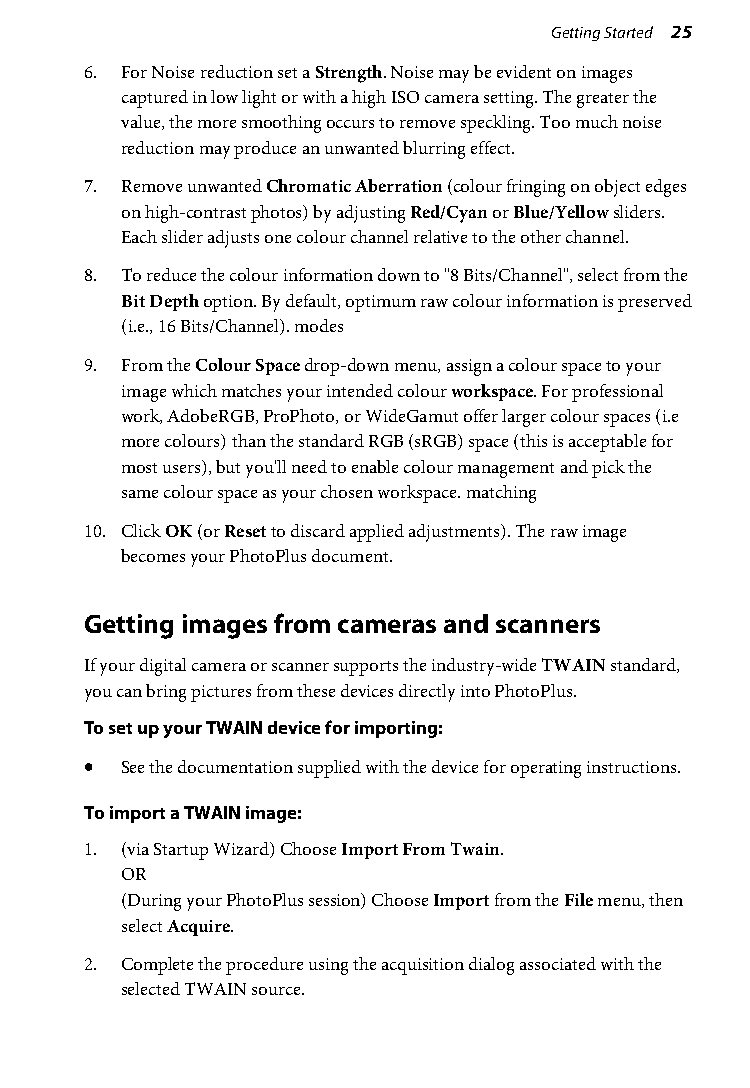
Getting Started 25
 6. For Noise reduction set a Strength. Noise may be evident on images
 captured in low light or with a high ISO camera setting. The greater the
 value, the more smoothing occurs to remove speckling. Too much noise
 reduction may produce an unwanted blurring effect.
 7. Remove unwanted Chromatic Aberration (colour fringing on object edges
 on high-contrast photos) by adjusting Red/Cyan or Blue/Yellow sliders.
 Each slider adjusts one colour channel relative to the other channel.
 8. To reduce the colour information down to "8 Bits/Channel", select from the
 Bit Depth option. By default, optimum raw colour information is preserved
 (i.e., 16 Bits/Channel). modes
 9. From the Colour Space drop-down menu, assign a colour space to your
 image which matches your intended colour workspace. For professional
 work, AdobeRGB, ProPhoto, or WideGamut offer larger colour spaces (i.e
 more colours) than the standard RGB (sRGB) space (this is acceptable for
 most users), but you'll need to enable colour management and pick the
 same colour space as your chosen workspace. matching
 10. Click OK (or Reset to discard applied adjustments). The raw image
 becomes your PhotoPlus document.
 Getting images from cameras and scanners
 If your digital camera or scanner supports the industry-wide TWAIN standard,
 you can bring pictures from these devices directly into PhotoPlus.
 To set up your TWAIN device for importing:
 • See the documentation supplied with the device for operating instructions.
 To import a TWAIN image:
 1. (via Startup Wizard) Choose Import From Twain.
 OR
 (During your PhotoPlus session) Choose Import from the File menu, then
 select Acquire.
 2. Complete the procedure using the acquisition dialog associated with the
 selected TWAIN source.